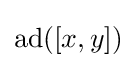
\operatorname {ad} ([x,y])